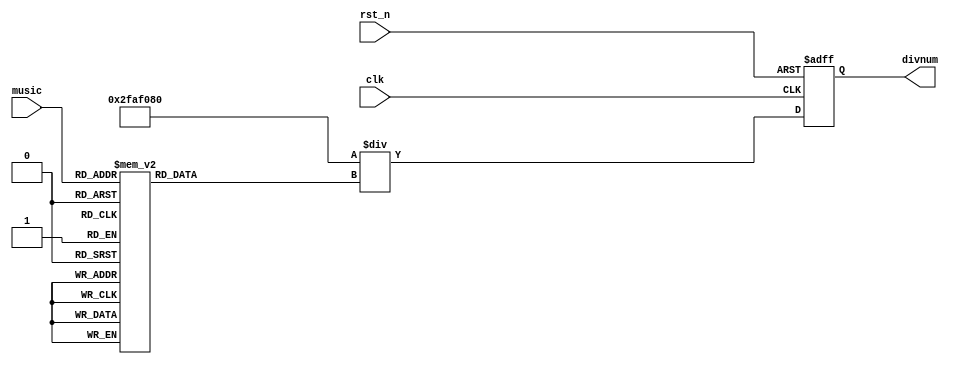
module cal_divnum_04 (
  
  input   wire              clk,
  input   wire              rst_n,
  
  input   wire    [4:0]     music,
  
  output  reg     [31:0]    divnum
);
  
  reg             [31:0]    freq;
  
  always @ * begin
    case (music)
      5'd1    : freq =    32'd262;
      5'd2    : freq =    32'd294;
      5'd3    : freq =    32'd330;
      5'd4    : freq =    32'd349;
      5'd5    : freq =    32'd392;
      5'd6    : freq =    32'd440;
      5'd7    : freq =    32'd494;
      
      5'd8    : freq =    32'd523;
      5'd9    : freq =    32'd587;
      5'd10   : freq =    32'd659;
      5'd11   : freq =    32'd699;
      5'd12   : freq =    32'd784;
      5'd13   : freq =    32'd880;
      5'd14   : freq =    32'd988;
      
      5'd15   : freq =    32'd1050;
      5'd16   : freq =    32'd1175;
      5'd17   : freq =    32'd1319;
      5'd18   : freq =    32'd1397;
      5'd19   : freq =    32'd1568;
      5'd20   : freq =    32'd1760;
      5'd21   : freq =    32'd1976;
      default : freq =    32'd1;
    endcase
  end
  
  always @ (posedge clk, negedge rst_n) begin
    if (rst_n == 1'b0)
      divnum <= 32'd50_000_000;
    else
      divnum <= 50_000_000/freq;
  end

endmodule